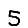
Digit: 5